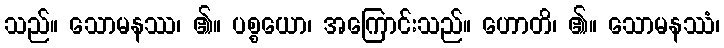
သည်။ သောမနဿ၊ ၏။ ပစ္စယော၊ အကြောင်းသည်။ ဟောတိ၊ ၏။ သောမနဿံ၊